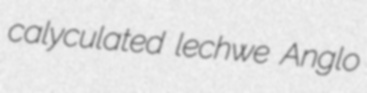
calyculated lechwe Anglo